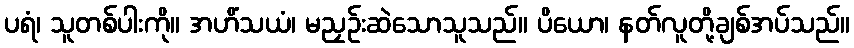
ပရံ၊ သူတစ်ပါးကို။ အဟိံသယံ၊ မညှဉ်းဆဲသောသူသည်။ ပိယော၊ နတ်လူတို့ချစ်အပ်သည်။